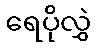
ရေပိုလွှဲ